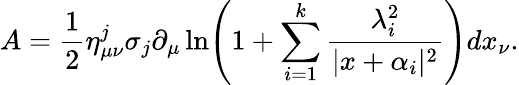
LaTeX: A=\frac{1}{2}{\eta}_{\mu\nu}^{j}\sigma_{j}\partial_{\mu}\ln\Biggl(1+\sum_{i=1}^{k}\frac{\lambda_{i}^{2}}{|x+\alpha_{i}|^{2}}\Biggr)dx_{\nu}.